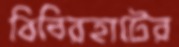
বিবিরহাটের